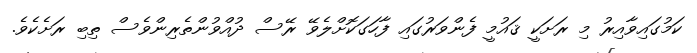
ކަމުގައިވާއިރު މި ރަށަކީ ޤައުމީ ފެންވަރުގައި ފާހަގަކޮށްލެވޭ ރޭސް ދުއްވުންތެރިންވެސް ތިބި ރަށެކެވެ.